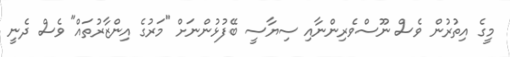
މީގެ އިތުރުން ވެސް ނޫސްވެރިންނާއި ސިޔާސީ ބޭފުޅުންނަށް "މަރުގެ އިންޒާރުތައް" ވެސް ދެނީ